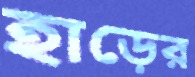
হাড়ের